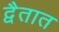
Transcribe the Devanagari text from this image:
द्वैतात